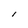
Character: l